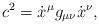
LaTeX: \begin{align*}c^2=\dot x^\mu g_{\mu\nu}\dot x^\nu, \end{align*}